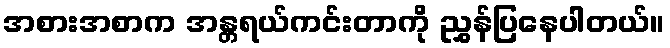
အစားအစာက အန္တရယ်ကင်းတာကို ညွှန်ပြနေပါတယ်။